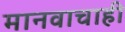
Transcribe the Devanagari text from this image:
मानवाचाही